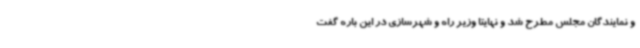
و نمایندگان مجلس مطرح شد و نهایتا وزیر راه و شهرسازی در این باره گفت